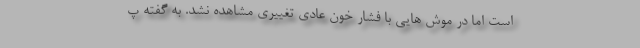
است اما در موش هایی با فشار خون عادی تغییری مشاهده نشد. به گفته پ